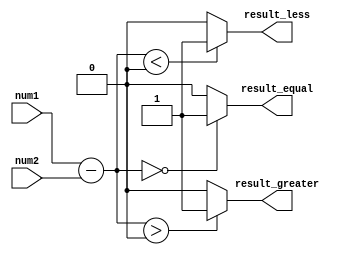
module Arithmetic_Inequality_Comparator (
    input wire signed [7:0] num1,
    input wire signed [7:0] num2,
    output wire result_greater,
    output wire result_less,
    output wire result_equal
);

reg signed [7:0] difference;

assign difference = num1 - num2;

assign result_greater = (difference > 0) ? 1'b1 : 1'b0;
assign result_less = (difference < 0) ? 1'b1 : 1'b0;
assign result_equal = (difference == 0) ? 1'b1 : 1'b0;

endmodule